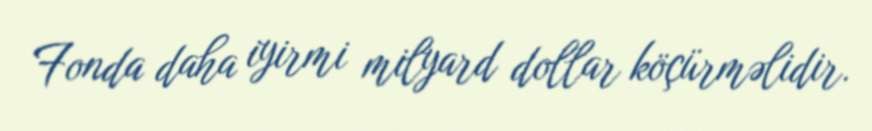
Fonda daha iyirmi milyard dollar köçürməlidir.